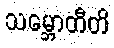
သမ္ဘောတီတိ